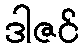
ဒါဇင်